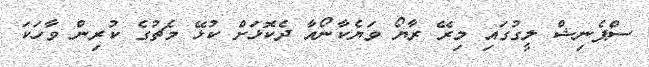
ސްޕެނިޝް ލީގުގައި މިރޭ ރާޔޯ ވަޔެކާނޯއާ ދެކޮޅަށް ކުޅޭ މެޗުގެ ކުރިން ވާހަކަ